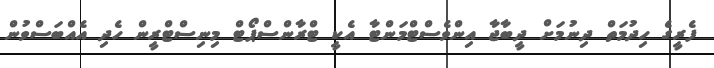
ފެރީގެ ހިދުމަތް ދިނުމަށް ދީބާޖާ އިންވެސްޓްމަންޓާ އެކީ ޓްރާންސްޕޯޓް މިނިސްޓްރީން ހެދި އެއްބަސްވުން